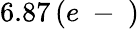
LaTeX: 6.87\, (e\mathrm{~-~})